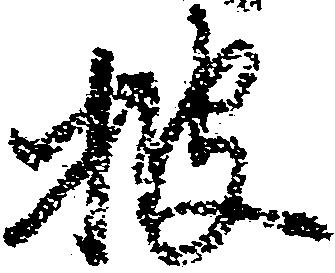
披